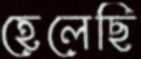
হেলেছি